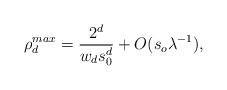
LaTeX: \begin{align*}\rho^{max}_d=\frac{2^d}{w_ds_0^d}+O(s_o\lambda^{-1}),\end{align*}